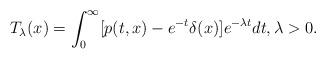
LaTeX: \begin{align*}T_\lambda(x)=\int_0^\infty [p(t,x)-e^{-t}\delta(x)]e^{-\lambda t}dt, \lambda>0.\end{align*}